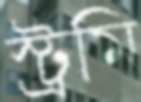
স্ট্রমি